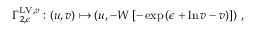
\Gamma _ { 2 , \epsilon } ^ { \mathrm { L V } , v } : ( u , v ) \mapsto \left( u , - W \left[ - \exp \left( \epsilon + \ln v - v \right) \right] \right) \, ,